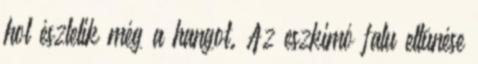
hol észlelik még a hangot. Az eszkimó falu eltünése